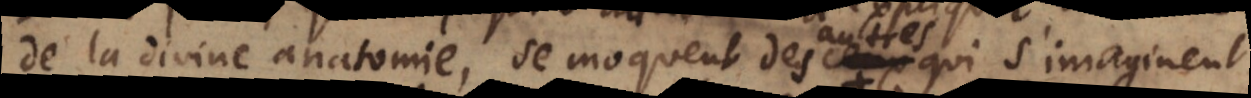
de la divine anatomie, se moquent de ceux des